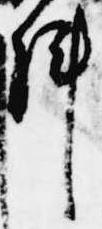
陣